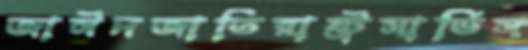
জাঈদজাতিরাষ্ট্রসার্ভিস